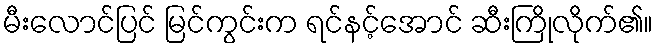
မီးလောင်ပြင် မြင်ကွင်းက ရင်နင့်အောင် ဆီးကြိုလိုက်၏။